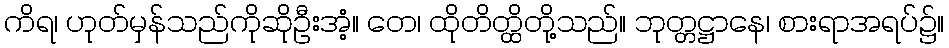
ကိရ၊ ဟုတ်မှန်သည်ကိုဆိုဦးအံ့။ တေ၊ ထိုတိတ္ထိတို့သည်။ ဘုတ္တဋ္ဌာနေ၊ စားရာအရပ်၌။